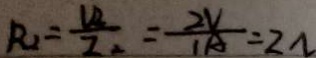
R _ { 2 } = \frac { U _ { 2 } } { I _ { 2 } } = \frac { 2 V } { 1 A } = 2 \Omega